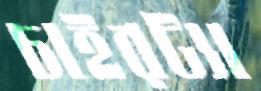
চাইরট্যা